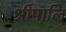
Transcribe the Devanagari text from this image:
श्रीपालि